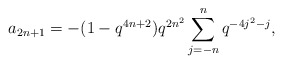
\begin{align*} a_{2n+1} = -(1-q^{4n+2})q^{2n^2}\sum_{j=-n}^{n}q^{-4j^2-j},\end{align*}